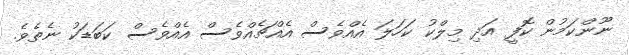
ނޫންކަމުން ކޮފީ އަދި މިލްކު ކަހަލަ އެއްވެސް އެއްޗެއްވެސް އެއްވެސް ކަބަޑަކު ނެތެވެ.